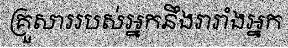
គ្រួសាររបស់អ្នកនឹងរារាំងអ្នក